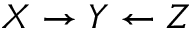
X \rightarrow Y \leftarrow Z